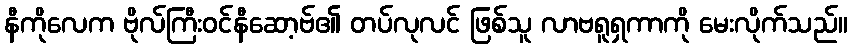
နီကိုလေက ဗိုလ်ကြီးဝင်နီဆော့ဗ်၏ တပ်လုလင် ဖြစ်သူ လာဗရူရှကာကို မေးလိုက်သည်။